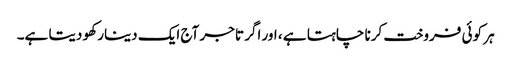
ہر کوئی فروخت کرنا چاہتا ہے ، اور اگر تاجر آج ایک دینار کھو دیتا ہے۔